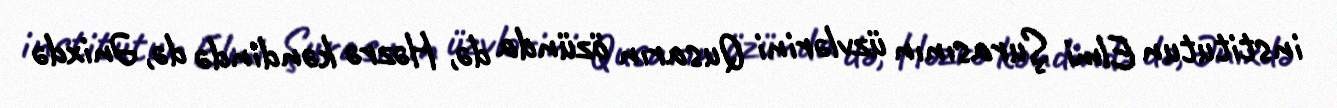
institutun Elmi Şurasının üzvlərini Qusarın özünda də, Həzrə kəndində də, Ənixdə